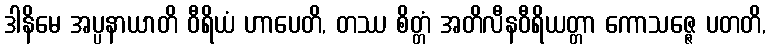
ဒါနိမေ အပ္ပနာယာတိ ဝီရိယံ ဟာပေတိ, တဿ စိတ္တံ အတိလီနဝီရိယတ္တာ ကောသဇ္ဇေ ပတတိ,